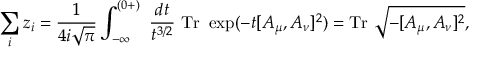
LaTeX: \sum _ { i } z _ { i } = \frac { 1 } { 4 i \sqrt { \pi } } \int _ { - \infty } ^ { ( 0 + ) } ~ \frac { d t } { t ^ { 3 / 2 } } ~ \mathrm { T r } ~ \exp ( - t [ A _ { \mu } , A _ { \nu } ] ^ { 2 } ) = \mathrm { T r } ~ \sqrt { - [ A _ { \mu } , A _ { \nu } ] ^ { 2 } } ,